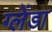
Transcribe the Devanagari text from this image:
ग्लेंडा